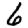
Digit: 6